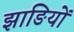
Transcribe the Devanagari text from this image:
झाङियों